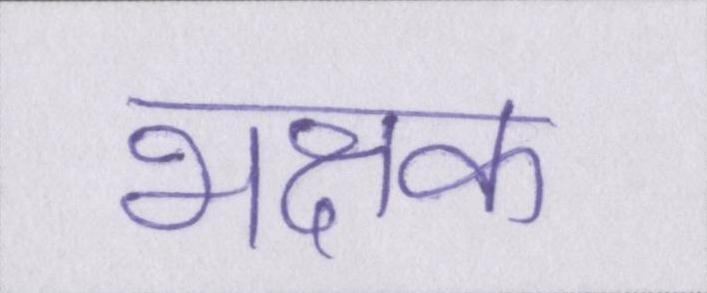
भक्षक